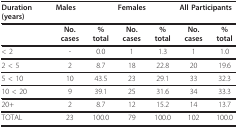
<table><thead><tr><td><b>Duration (years)</b></td><td colspan="2"><b>Males</b></td><td colspan="2"><b>Females</b></td><td colspan="2"><b>All Participants</b></td></tr></thead><tbody><tr><td></td><td><b>No. cases</b></td><td><b>% total</b></td><td><b>No. cases</b></td><td><b>% total</b></td><td><b>No. cases</b></td><td><b>% total</b></td></tr><tr><td>&lt; 2</td><td>-</td><td>0.0</td><td>1</td><td>1.3</td><td>1</td><td>1.0</td></tr><tr><td>2 &lt; 5</td><td>2</td><td>8.7</td><td>18</td><td>22.8</td><td>20</td><td>19.6</td></tr><tr><td>5 &lt; 10</td><td>10</td><td>43.5</td><td>23</td><td>29.1</td><td>33</td><td>32.3</td></tr><tr><td>10 &lt; 20</td><td>9</td><td>39.1</td><td>25</td><td>31.6</td><td>34</td><td>33.3</td></tr><tr><td>20+</td><td>2</td><td>8.7</td><td>12</td><td>15.2</td><td>14</td><td>13.7</td></tr><tr><td>TOTAL</td><td>23</td><td>100.0</td><td>79</td><td>100.0</td><td>102</td><td>100.0</td></tr></tbody></table>